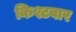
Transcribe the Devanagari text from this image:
किश्टवार